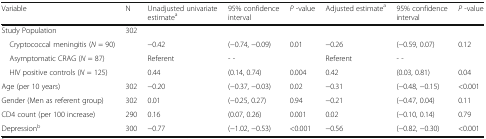
| Variable | N | Unadjusted univariate estimatea | 95% confidence interval | P -value | Adjusted estimatea | 95% confidence interval | P -value |
 | --- | --- | --- | --- | --- | --- | --- | --- |
 | Study Population | 302 |  |  |  |  |  |  |
 | Cryptococcal meningitis (N = 90) |  | −0.42 | (−0.74, −0.09) | 0.01 | −0.26 | (−0.59, 0.07) | 0.12 |
 | Asymptomatic CRAG (N = 87) |  | Referent | - - |  | Referent | - - |  |
 | HIV positive controls (N = 125) |  | 0.44 | (0.14, 0.74) | 0.004 | 0.42 | (0.03, 0.81) | 0.04 |
 | Age (per 10 years) | 302 | −0.20 | (−0.37, −0.03) | 0.02 | −0.31 | (−0.48, −0.15) | <0.001 |
 | Gender (Men as referent group) | 302 | 0.01 | (−0.25, 0.27) | 0.94 | −0.21 | (−0.47, 0.04) | 0.11 |
 | CD4 count (per 100 increase) | 290 | 0.16 | (0.07, 0.26) | 0.001 | 0.02 | (−0.10, 0.14) | 0.79 |
 | Depressionb | 300 | −0.77 | (−1.02, −0.53) | <0.001 | −0.56 | (−0.82, −0.30) | <0.001 |